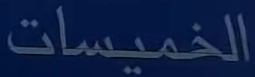
الخميسات